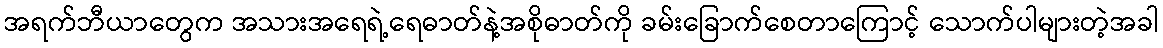
အရက်ဘီယာတွေက အသားအရေရဲ့ရေဓာတ်နဲ့အစိုဓာတ်ကို ခမ်းခြောက်စေတာကြောင့် သောက်ပါများတဲ့အခါ